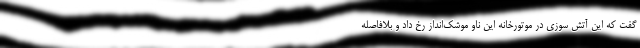
گفت که این آتش سوزی در موتورخانه این ناو موشک‌انداز رخ داد و بلافاصله